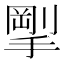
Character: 𪮚